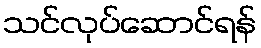
သင်လုပ်ဆောင်ရန်